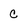
Character: C